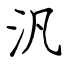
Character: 汎